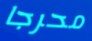
محرجا